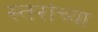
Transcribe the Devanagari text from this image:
स्तरांच्या